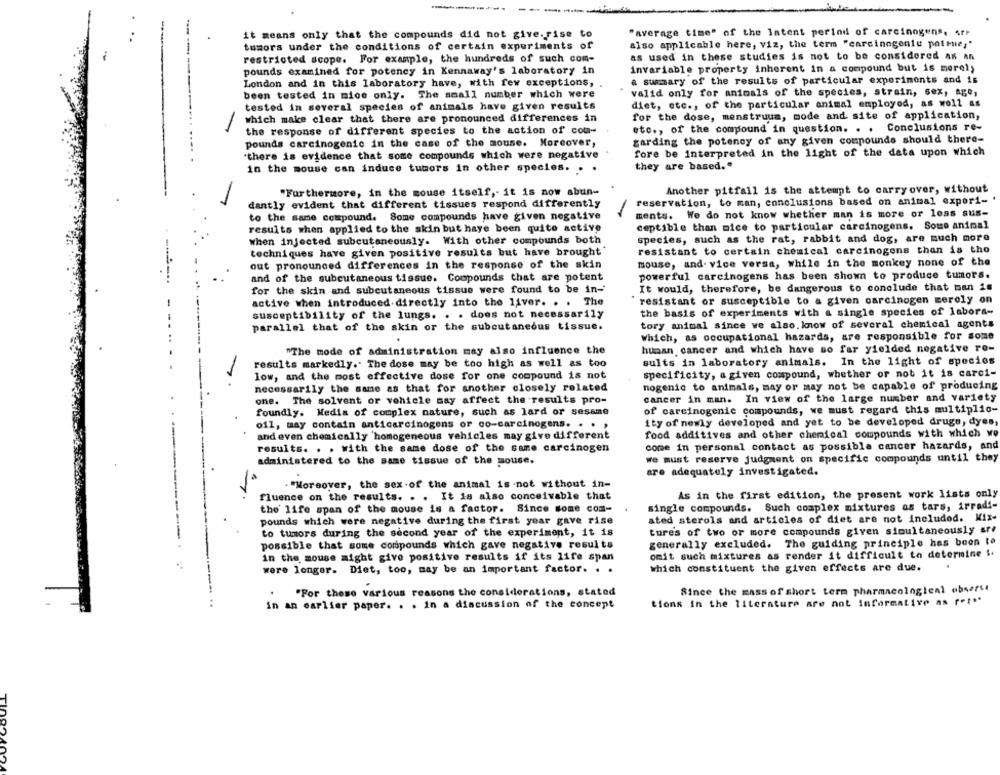
it means only that the compounds did not give.rise to
"average time" of the Intent period of carcinogens, Arr
tumors under the conditions of certain experiments of
also applicable here, viz, the term "carcinogenic potte;"
restricted scope. For example, the hundreds of such com-
as used in these studies is not to be considered As an
------
pounds examined for potency in Kennaway's laboratory in
invariable property inherent in a compound but is morel;
London and in this laboratory have, with few exceptions, .
a summary of the results of particular experiments and is
been tested in mice only. The small number which were
valid only for animals of the species, strain, sex, age,
tested in several species of animals have given results
diet, etc ., of the particular animal employed, as well as
for the dose, menstruum, mode and site of application,
which make clear that there are pronounced differences in
the response of different species to the action of com-
etc ., of the compound in question. . .
Conclusions re-
garding the potency of any given compounds should there-
pounds carcinogenic in the case of the mouse. Moreover,
'there is evidence that some compounds which were negative
fore be interpreted in the light of the data upon which
in the mouse can induce tumors in other species. . .
they are based."
"Furthermore, in the mouse itself, it is now abun-
Another pitfall is the attempt to carryover, without
-
reservation, to man, conclusions based on animal experi- '
dantly evident that different tissues respond differently
to the same compound. Some compounds have given negative
ments. We do not know whether man is more or less sus-
ceptible than nice to particular carcinogens. Some animal
results when applied to the skin but haye been quite active
when injected subcutaneously. With other compounds both
species, such as the rat, rabbit and dog, are much more
techniques have given positive results but have brought
resistant to certain chemical carcinogens than is tho
mouse, and. vice versa, while in the monkey none of the
out pronounced differences in the response of the skin
and of the subcutaneous tissue. Compounds that are potent
powerful carcinogens has been shown to produce tumors.
It would, therefore, be dangerous to conclude that man is
for the skin and subcutaneous tissue were found to be in-
active when introduced directly into the liver. . . The
resistant or susceptible to a given carcinogen zeroly on
the basis of experiments with a single species of labora-
susceptibility of the lungs. . . does not necessarily
parallel that of the skin or the subcutaneous tissue.
tory animal since we also. know of several chemical agents
which, as occupational hazards, are responsible for some
"The mode of administration may also influence the
human cancer and which have so far yielded negative ro-
results markedly .. The dose may be too high as well as too
sults in laboratory animals. In the light of species
specificity, a given compound, whether or not it is carci-
low, and the most effective dose for one compound is not
necessarily the same as that for another closely related
nogenic to animals, may or may not be capable of producing
one. The solvent or vehicle may affect the results pro-
cancer in man. In view of the large number and variety
foundly. Media of complex nature, such as lard or sesame
of carcinogenic compounds, we must regard this multiplic-
oil, may contain anticarcinogens or co-carcinogens. . .
ity of newly developed and yet to be developed drugs, dyes,
and even chemically homogeneous vehicles may give different
food additives and other chemical compounds with which we
results. . . with the same dose of the same carcinogen
come in personal contact as possible cancer hazards, and
we must reserve judgment on specific compounds until they
administered to the same tissue of the mouse.
are adequately investigated.
. "Moreover, the sex . of the animal is not without in-
fluence on the results. . . It is also conceivable that
As in the first edition, the present work lists only
the life span of the mouse is a factor. Since some com-
single compounds. Such complex mixtures as tars, irradi-
ated sterols and articles of diet are not included. Mix-
pounds which were negative during the first year gave rise
to tumors during the second year of the experiment, it is
tures of two or more compounds given simultaneously are
generally excluded. The guiding principle has been to
possible that some compounds which gave negative results
in the mouse might give positive results if its life span
omit such mixtures as render it difficult to determine i.
which constituent the given effects are due.
were longer. Diet, too, may be an important factor. . .
Since the mass of short term pharmacological ubserst
.
"For these various reasons the considerations, stated
in an earlier paper. . . in a discussion of the concept
tions in the literature are not informative as rets*